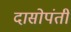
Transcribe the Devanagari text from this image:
दासोपंती